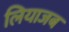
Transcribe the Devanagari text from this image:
लियाजब